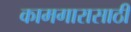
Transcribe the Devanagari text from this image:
कामगारासाठी